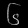
Digit: ၆